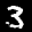
Label: 3